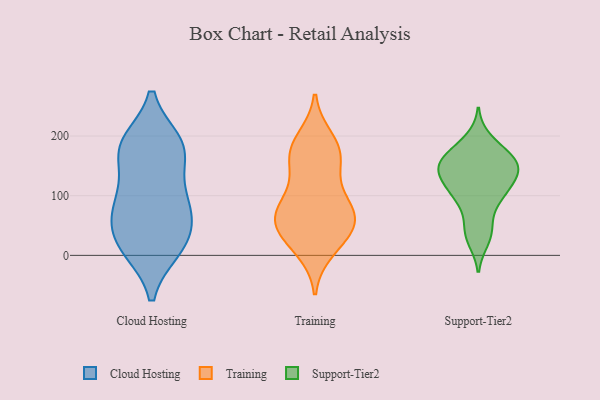
{"axis": {"x": "Inventory Turnover", "y": "Value"}, "legend": ["Cloud Hosting", "Support-Tier2", "Training"], "data": [{"x": "", "y": 170, "type": "Cloud Hosting"}, {"x": "", "y": 94, "type": "Cloud Hosting"}, {"x": "", "y": 188, "type": "Cloud Hosting"}, {"x": "", "y": 12, "type": "Cloud Hosting"}, {"x": "", "y": 98, "type": "Cloud Hosting"}, {"x": "", "y": 93, "type": "Cloud Hosting"}, {"x": "", "y": 182, "type": "Cloud Hosting"}, {"x": "", "y": 54, "type": "Cloud Hosting"}, {"x": "", "y": 36, "type": "Cloud Hosting"}, {"x": "", "y": 11, "type": "Cloud Hosting"}, {"x": "", "y": 174, "type": "Cloud Hosting"}, {"x": "", "y": 70, "type": "Cloud Hosting"}, {"x": "", "y": 186, "type": "Cloud Hosting"}, {"x": "", "y": 15, "type": "Cloud Hosting"}, {"x": "", "y": 171, "type": "Training"}, {"x": "", "y": 79, "type": "Training"}, {"x": "", "y": 67, "type": "Training"}, {"x": "", "y": 179, "type": "Training"}, {"x": "", "y": 51, "type": "Training"}, {"x": "", "y": 55, "type": "Training"}, {"x": "", "y": 62, "type": "Training"}, {"x": "", "y": 194, "type": "Training"}, {"x": "", "y": 154, "type": "Training"}, {"x": "", "y": 165, "type": "Training"}, {"x": "", "y": 23, "type": "Training"}, {"x": "", "y": 41, "type": "Training"}, {"x": "", "y": 107, "type": "Training"}, {"x": "", "y": 85, "type": "Training"}, {"x": "", "y": 10, "type": "Training"}, {"x": "", "y": 132, "type": "Support-Tier2"}, {"x": "", "y": 104, "type": "Support-Tier2"}, {"x": "", "y": 149, "type": "Support-Tier2"}, {"x": "", "y": 141, "type": "Support-Tier2"}, {"x": "", "y": 112, "type": "Support-Tier2"}, {"x": "", "y": 195, "type": "Support-Tier2"}, {"x": "", "y": 152, "type": "Support-Tier2"}, {"x": "", "y": 90, "type": "Support-Tier2"}, {"x": "", "y": 134, "type": "Support-Tier2"}, {"x": "", "y": 166, "type": "Support-Tier2"}, {"x": "", "y": 53, "type": "Support-Tier2"}, {"x": "", "y": 170, "type": "Support-Tier2"}, {"x": "", "y": 145, "type": "Support-Tier2"}, {"x": "", "y": 36, "type": "Support-Tier2"}, {"x": "", "y": 171, "type": "Support-Tier2"}, {"x": "", "y": 99, "type": "Support-Tier2"}, {"x": "", "y": 25, "type": "Support-Tier2"}]}